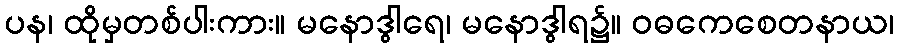
ပန၊ ထိုမှတစ်ပါးကား။ မနောဒွါရေ၊ မနောဒွါရ၌။ ဝဓကေစေတနာယ၊